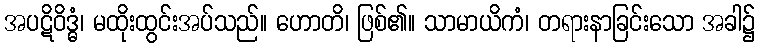
အပဋိဝိဒ္ဓံ၊ မထိုးထွင်းအပ်သည်။ ဟောတိ၊ ဖြစ်၏။ သာမာယိကံ၊ တရားနာခြင်းသော အခါ၌